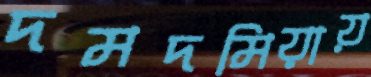
দমদমিয়ায়